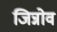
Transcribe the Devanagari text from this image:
जिन्नोव